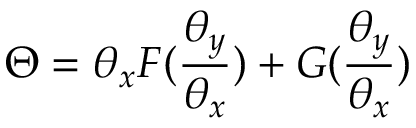
\Theta = \theta _ { x } F ( { \frac { \theta _ { y } } { \theta _ { x } } } ) + G ( { \frac { \theta _ { y } } { \theta _ { x } } } )